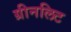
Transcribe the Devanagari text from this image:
ग्रीनलिट